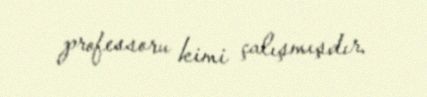
professoru kimi çalışmışdır.